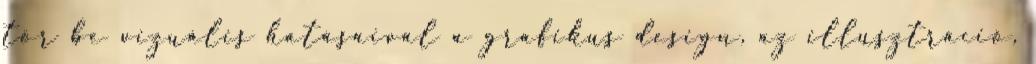
tör be vizuális hatásaival a grafikus design, az illusztráció,